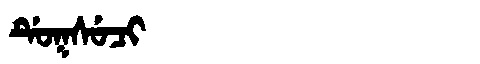
Manchu: ᡩᡠᡴᠰᡠᠴᡳ
Romanization: DUKSUCI